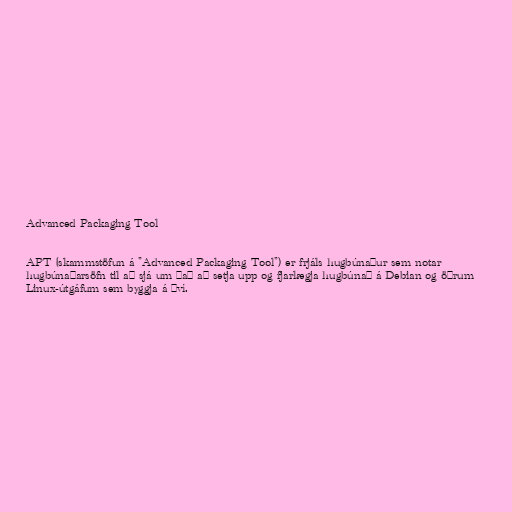
Advanced Packaging Tool

APT (skammstöfun á "Advanced Packaging Tool") er frjáls hugbúnaður sem notar
hugbúnaðarsöfn til að sjá um það að setja upp og fjarlægja hugbúnað á Debian og öðrum
Linux-útgáfum sem byggja á því.